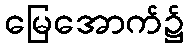
မြေအောက်၌